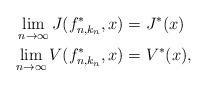
LaTeX: \begin{align*}\lim_{n\rightarrow\infty} J(f^*_{n,k_n},x) &= J^*(x) \\\lim_{n\rightarrow\infty} V(f^*_{n,k_n},x) &= V^*(x), \end{align*}